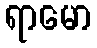
ရာမော